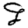
Digit: 9